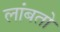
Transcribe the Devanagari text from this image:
लांबतो